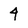
Character: 4